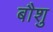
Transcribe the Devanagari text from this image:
बौशु